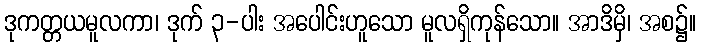
ဒုကတ္တယမူလကာ၊ ဒုက် ၃-ပါး အပေါင်းဟူသော မူလရှိကုန်သော။ အာဒိမှိ၊ အစ၌။